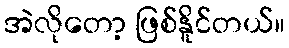
အဲလိုတော့ ဖြစ်နိူင်တယ်။